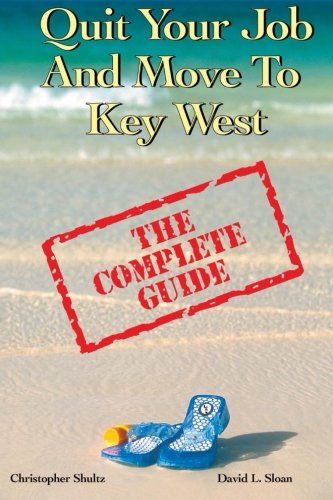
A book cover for Quit Your Job & Move To Key West: The Complete Guide; David L. Sloan; Travel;